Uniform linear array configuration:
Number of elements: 16
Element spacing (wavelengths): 0.75
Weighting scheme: exponential
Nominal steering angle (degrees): -45
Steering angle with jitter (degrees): -45.612
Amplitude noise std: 0.05
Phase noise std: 0.05

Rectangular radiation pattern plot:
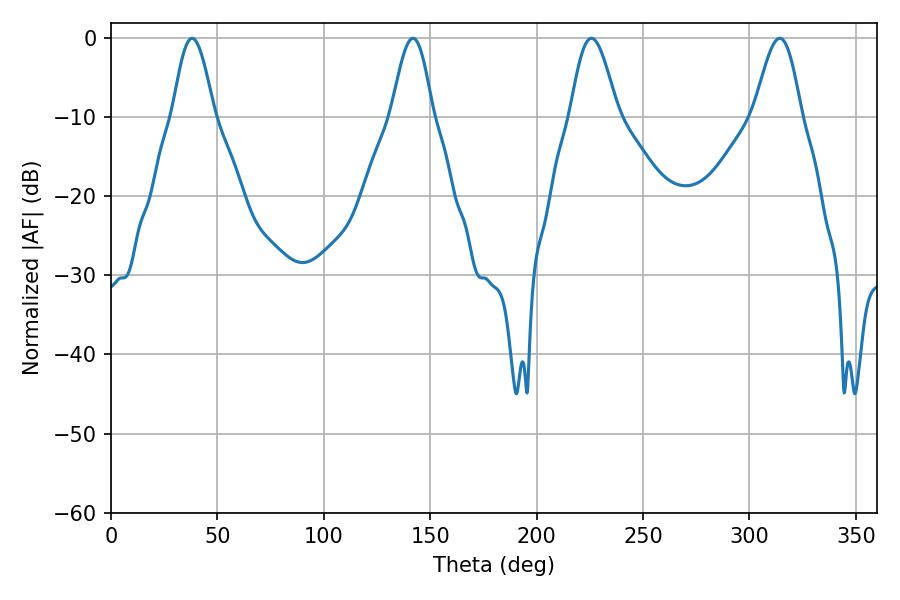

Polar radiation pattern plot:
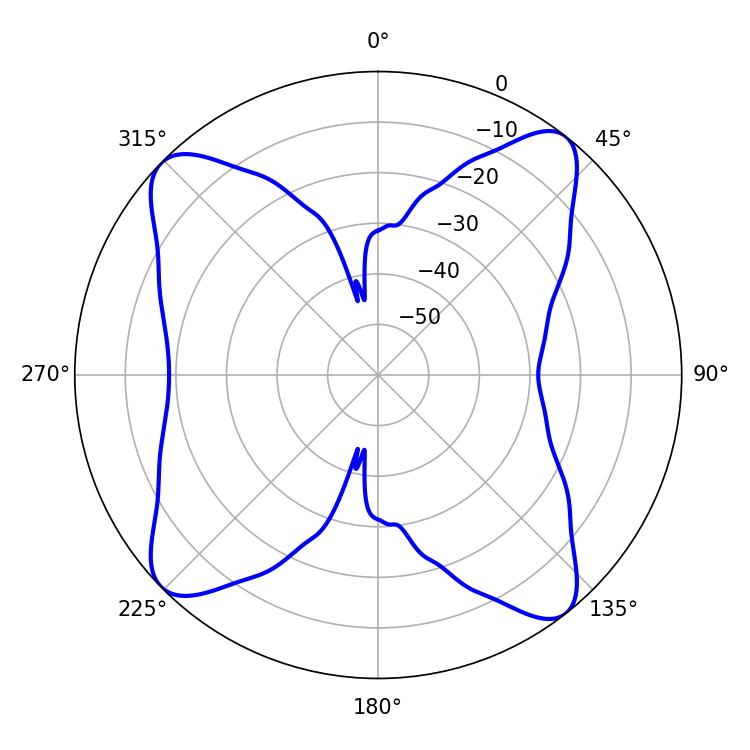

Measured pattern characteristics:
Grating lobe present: TRUE
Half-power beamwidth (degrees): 11.88
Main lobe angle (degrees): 314.28